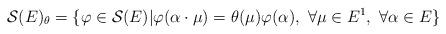
LaTeX: \begin{align*} \mathcal{S}(E)_{\theta} = \{ \varphi\in \mathcal{S}(E)| \varphi (\alpha\cdot \mu) = \theta(\mu)\varphi(\alpha),\ \forall \mu \in E^1, \ \forall \alpha\in E\}\end{align*}